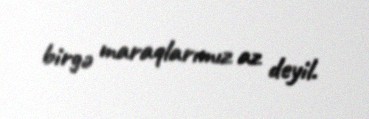
birgə maraqlarımız az deyil.